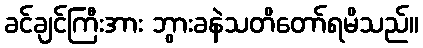
ခင်ချင်ကြီးအား ဘွားခနဲသတိတော်ရမိသည်။